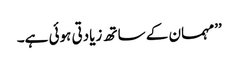
’’مہمان کے ساتھ زیادتی ہوئی ہے۔